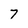
Character: 7